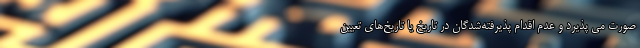
صورت می پذیرد و عدم اقدام پذیرفته‌شدگان در تاریخ‌ یا تاریخ‌های تعیین